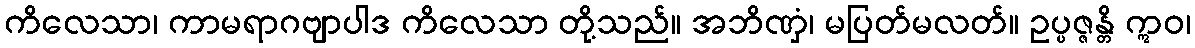
ကိလေသာ၊ ကာမရာဂဗျာပါဒ ကိလေသာ တို့သည်။ အဘိဏှံ၊ မပြတ်မလတ်။ ဥပ္ပဇ္ဇန္တိ ဣဝ၊